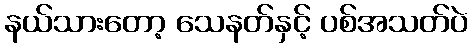
နယ်သားတော့ သေနတ်နှင့် ပစ်အသတ်ပဲ